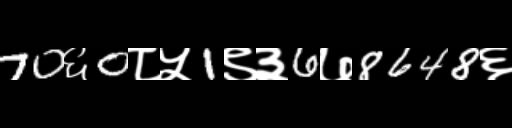
Text: 70६0८५1९३6७8648६